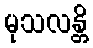
မုသလန္တိ